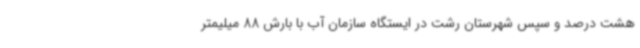
هشت درصد و سپس شهرستان رشت در ایستگاه سازمان آب با بارش 88 میلیمتر